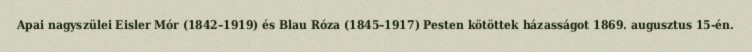
Apai nagyszülei Eisler Mór (1842–1919) és Blau Róza (1845–1917) Pesten kötöttek házasságot 1869. augusztus 15-én.